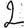
Digit: 2